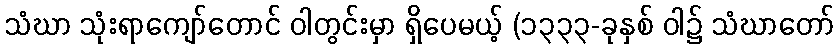
သံဃာ သုံးရာကျော်တောင် ဝါတွင်းမှာ ရှိပေမယ့် (၁၃၃၃-ခုနှစ် ဝါ၌ သံဃာတော်